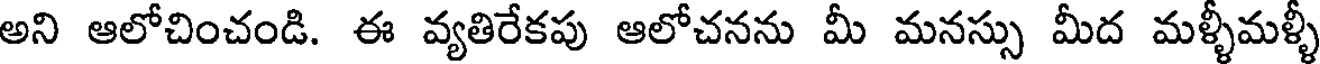
అని ఆలోచించండి. ఈ వ్యతిరేకపు ఆలోచనను మీ మనస్సు మీద మళ్ళీమళ్ళీ